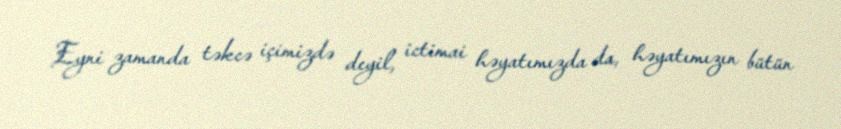
Eyni zamanda təkcə içimizdə deyil, ictimai həyatımızda da, həyatımızın bütün